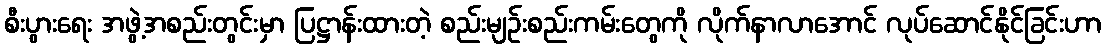
စီးပွားရေး အဖွဲ့အစည်းတွင်းမှာ ပြဋ္ဌာန်းထားတဲ့ စည်းမျဉ်းစည်းကမ်းတွေကို လိုက်နာလာအောင် လုပ်ဆောင်နိုင်ခြင်းဟာ